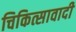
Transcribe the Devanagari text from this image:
चिकित्सावादी